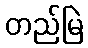
တည်မြဲ